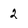
Character: 2